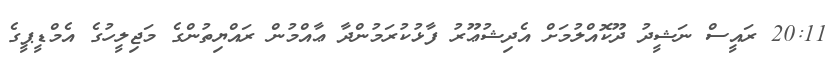
20:11 ރައީސް ނަޝީދު ދޫކޮއްލުމަށް އެދިޝުޢޫރު ފާޅުކުރަމުންދާ ޢާއްމުން ރައްޔިތުންގެ މަޖިލީހުގެ އެމްޑީޕީގެ